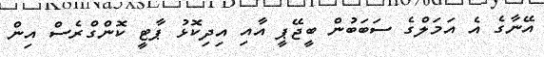
އޭނާގެ އެ އަމަލްގެ ސަބަބުން ބީޖޭޕީ އާއި އިދިކޮޅު ޕާޓީ ކޮންގްރެސް އިން